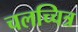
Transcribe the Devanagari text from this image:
चलच्चित्र